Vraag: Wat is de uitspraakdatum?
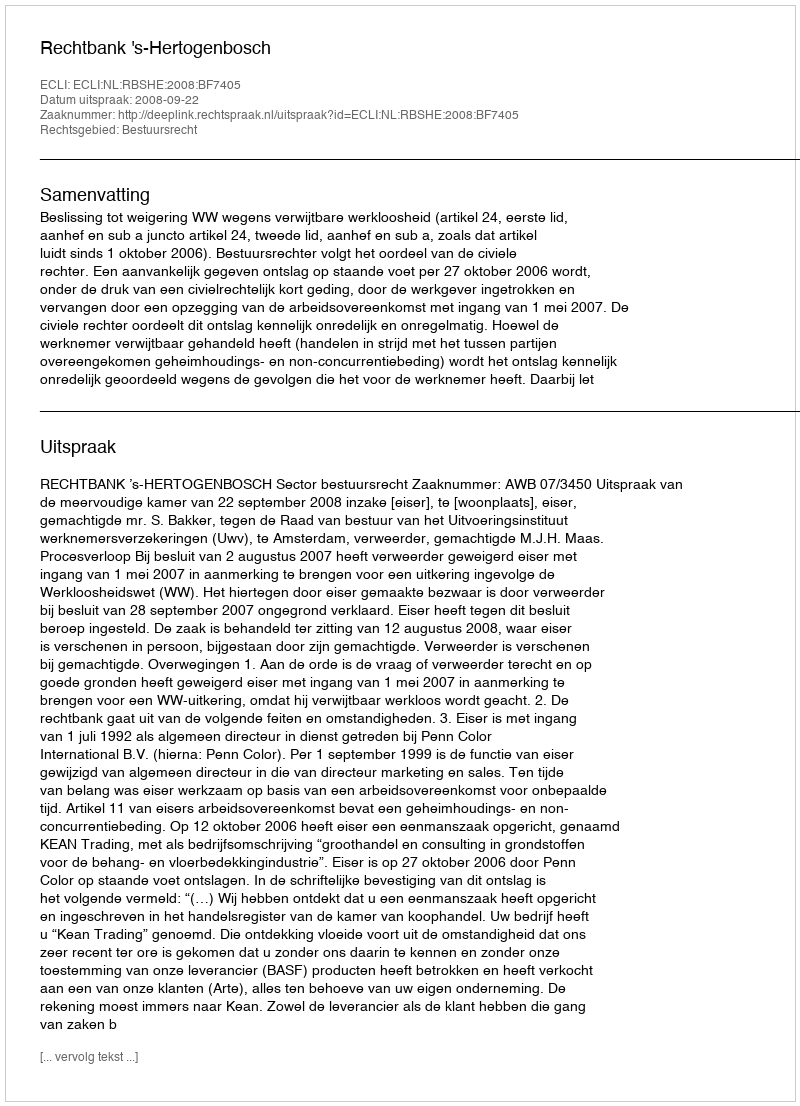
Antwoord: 2008-09-22